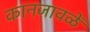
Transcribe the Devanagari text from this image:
कानजावळें